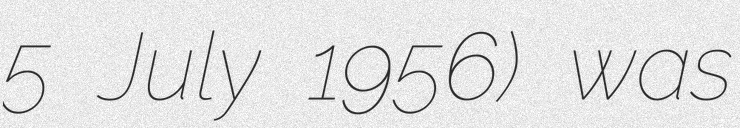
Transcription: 5 July 1956) was